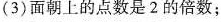
(3)面朝上的点数是2的倍数；